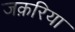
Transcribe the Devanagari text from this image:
जक़रिया